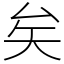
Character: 矣